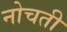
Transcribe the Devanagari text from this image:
नोचती